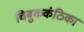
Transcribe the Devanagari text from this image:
चिबुककंठिका